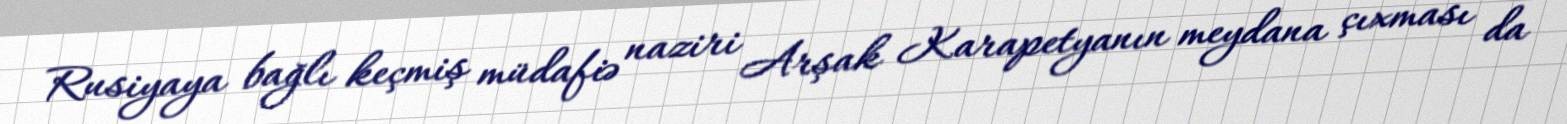
Rusiyaya bağlı keçmiş müdafiə naziri Arşak Karapetyanın meydana çıxması da